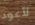
لأعود